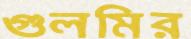
গুলমির